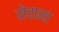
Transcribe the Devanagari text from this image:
सेवाना